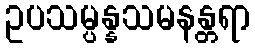
ဥပသမ္ပန္နသမနန္တရာ